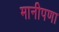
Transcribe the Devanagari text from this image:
मानीपणा